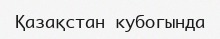
Қазақстан кубогында